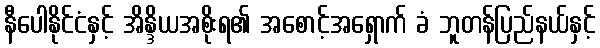
နီပေါနိုင်ငံနှင့် အိန္ဒိယအစိုးရ၏ အစောင့်အရှောက် ခံ ဘူတန်ပြည်နယ်နှင့်